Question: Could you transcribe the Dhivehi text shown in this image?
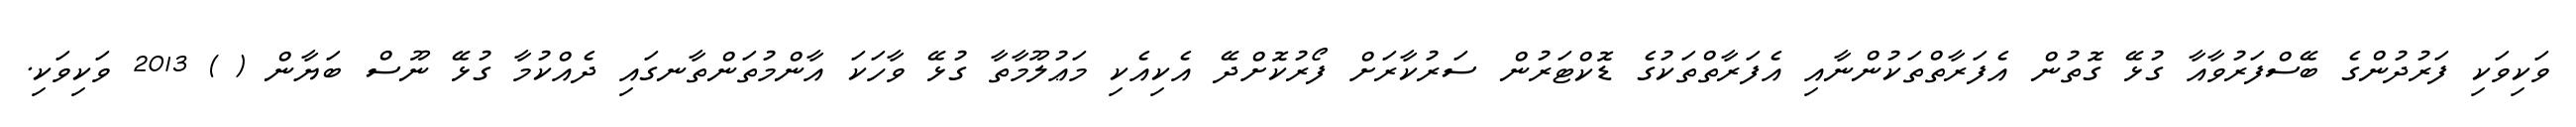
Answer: ވަކިވަކި ފަރުދުންގެ ބޭސްފަރުވާއާ ގުޅޭ ގޮތުން އެފަރާތްތަކުންނާއި އެފަރާތްތަކުގެ ޑޮކްޓަރުން ސަރުކާރަށް ފޯރުކޮށްދޭ އެކިއެކި މަޢުލޫމާތާ ގުޅޭ ވާހަކަ އާންމުތަންތާނގައި ދެއްކުމާ ގުޅޭ ނޫސް ބަޔާން ( ) 2013 ވަކިވަކި.